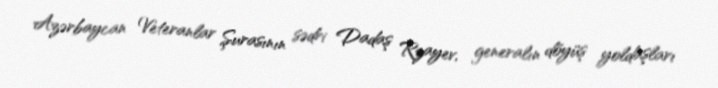
Azərbaycan Veteranlar Şurasının sədri Dadaş Rzayev, generalın döyüş yoldaşları